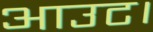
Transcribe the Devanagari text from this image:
आउट।